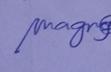
Signature authenticity: genuine